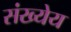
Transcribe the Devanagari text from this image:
संख्येय